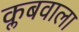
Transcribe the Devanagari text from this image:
क्लबवाला